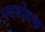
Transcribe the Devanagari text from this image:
पदबोधक